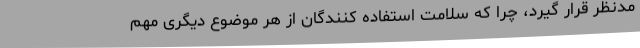
مدنظر قرار گیرد، چرا که سلامت استفاده کنندگان از هر موضوع دیگری مهم